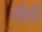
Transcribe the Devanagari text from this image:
सॅसी